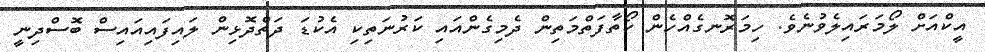
އީކްއަށް ލޯމަރައިލެވުނެވެ. ހިމަރޮނގެއްހެން ކޯތާފަތްމަތިން ދެމިގެންއައި ކަރުނަތިކި އެކުޑަ ދަތްދޮޅިން ލައިފައިއައިސް ބޮސްދިނީ